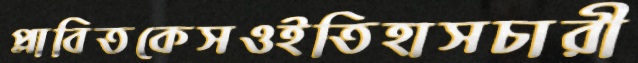
প্লাবিতকেসওইতিহাসচারী